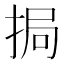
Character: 挶